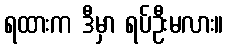
ရထားက ဒီမှာ ရပ်ဦးမလား။